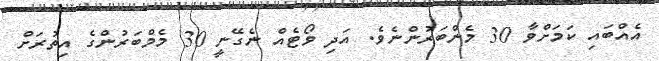
އެއްބައި ކަމަށްވާ 30 މެންބަރުންނެވެ. އަދި ވޯޓެއް ނެގޭނީ 30 މެމްބަރުންގެ އިތުރަށް